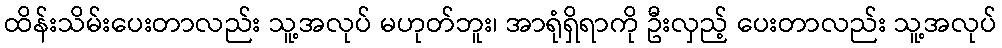
ထိန်းသိမ်းပေးတာလည်း သူ့အလုပ် မဟုတ်ဘူး၊ အာရုံရှိရာကို ဦးလှည့် ပေးတာလည်း သူ့အလုပ်